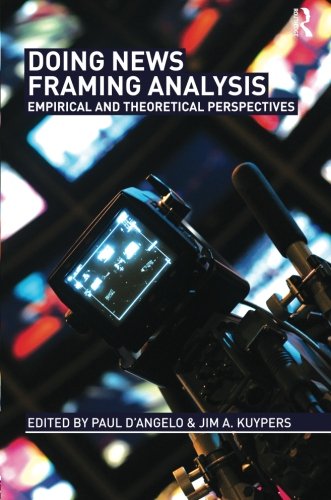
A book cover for Doing News Framing Analysis: Empirical and Theoretical Perspectives; Crafts, Hobbies & Home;